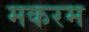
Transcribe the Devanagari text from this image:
मकरम